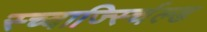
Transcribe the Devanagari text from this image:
स्च्वार्ज्स्चिल्ड